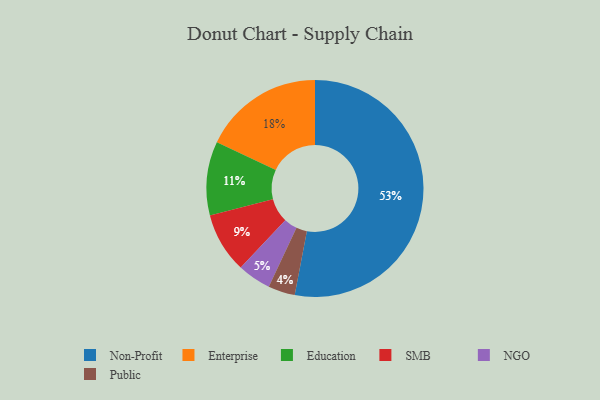
{"axis": {"x": "Category", "y": "Percentage"}, "legend": ["Education", "Enterprise", "NGO", "Non-Profit", "Public", "SMB"], "data": [{"x": "Non-Profit", "y": 53, "type": "Non-Profit"}, {"x": "Education", "y": 11, "type": "Education"}, {"x": "NGO", "y": 5, "type": "NGO"}, {"x": "SMB", "y": 9, "type": "SMB"}, {"x": "Public", "y": 4, "type": "Public"}, {"x": "Enterprise", "y": 18, "type": "Enterprise"}]}